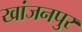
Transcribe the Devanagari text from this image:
खांजनपुर